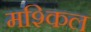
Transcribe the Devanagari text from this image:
मश्किल